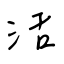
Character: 活